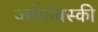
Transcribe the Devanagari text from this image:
ज्बोरोवस्की